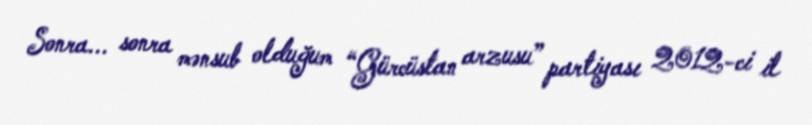
Sonra... sonra mənsub olduğum “Gürcüstan arzusu” partiyası 2012-ci il